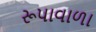
રૂપાવાળા